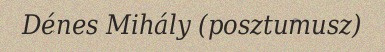
Dénes Mihály (posztumusz)